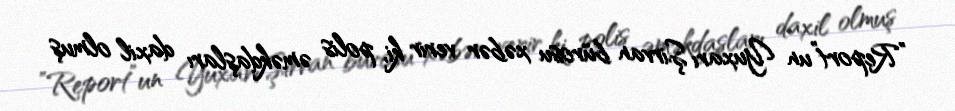
”Report”un Yuxarı Şirvan bürosu xəbər verir ki, polis əməkdaşları daxil olmuş